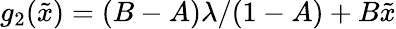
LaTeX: g_{2}(\tilde{x})=(B-A)\lambda/(1-A)+B\tilde{x}